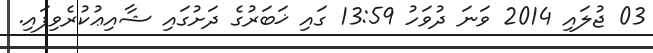
03 ޖުލައި 2014 ވަނަ ދުވަހު 13:59 ގައި ޚަބަރުގެ ދަށުގައި ޝާއިޢުކުރެވިފައި.